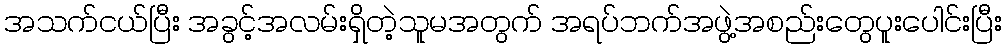
အသက်ငယ်ပြီး အခွင့်အလမ်းရှိတဲ့သူမအတွက် အရပ်ဘက်အဖွဲ့အစည်းတွေပူးပေါင်းပြီး